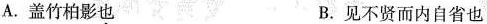
A.盖竹柏影也 B.见不贤而内自省也